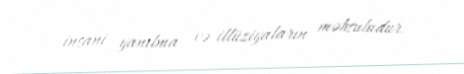
insani yanılma və illüziyaların məhsuludur.